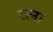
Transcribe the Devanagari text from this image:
रत्न।